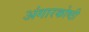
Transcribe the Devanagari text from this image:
अंगारकोष्ठी